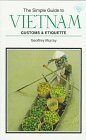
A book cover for The Simple Guide to Vietnam Customs & Etiquette (The Simple Guides); Geoffrey Murray; Travel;